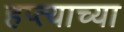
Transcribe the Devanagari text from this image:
हप्‍त्याच्या